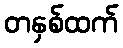
တနှစ်ထက်